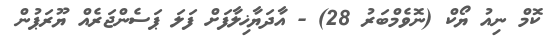
ކޮމް ނިއު ޔޯކް (ނޮވެމްބަރު 28) - އާދަޔާޚިލާފަށް ފަލަ ޕަސެންޖަރެއް ޔޫރަޕުން